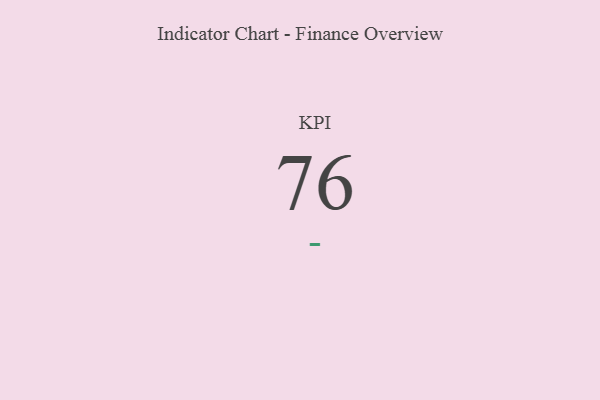
{"axis": {"x": "KPI", "y": "Value"}, "legend": [""], "data": [{"x": "KPI", "y": 76, "type": ""}]}